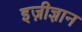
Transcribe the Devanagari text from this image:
इज़ीज्ञान